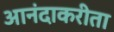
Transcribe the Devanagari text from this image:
आनंदाकरीता